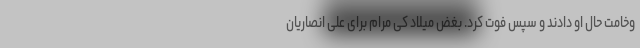
وخامت حال او دادند و سپس فوت کرد. بغض میلاد کی مرام برای علی انصاریان